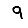
Digit: 9